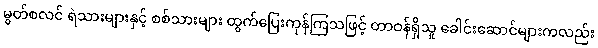
မွတ်စလင် ရဲသားများနှင့် စစ်သားများ ထွက်ပြေးကုန်ကြသဖြင့် တာဝန်ရှိသူ ခေါင်းဆောင်များကလည်း